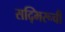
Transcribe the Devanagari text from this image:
सद्भिरूची